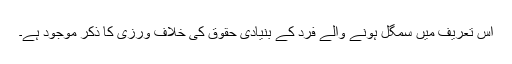
اس تعریف میں سمگل ہونے والے فرد کے بنیادی حقوق کی خلاف ورزی کا ذکر موجود ہے۔